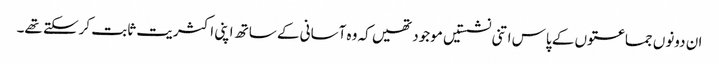
ان دونوں جماعتوں کے پاس اتنی نشستیں موجود تھیں کہ وہ آسانی کے ساتھ اپنی اکثریت ثابت کرسکتے تھے۔